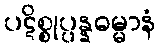
ပဋိစ္စုပ္ပန္နဓမ္မာနံ